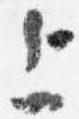
上